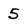
Character: 5